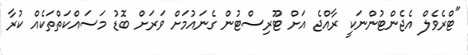
"ޓްރެވެލް އެޖެންޓުންނަކީ ރާއްޖެ އަށް ޓޫރިސްޓުން ގެނައުމަށް ވަރަށް ބޮޑު މަސައްކަތްތަކެއް ކުރާ